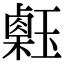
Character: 𤪇